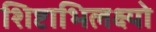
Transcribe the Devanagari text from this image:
शिष्टाभिलक्ष्यो